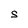
Character: S